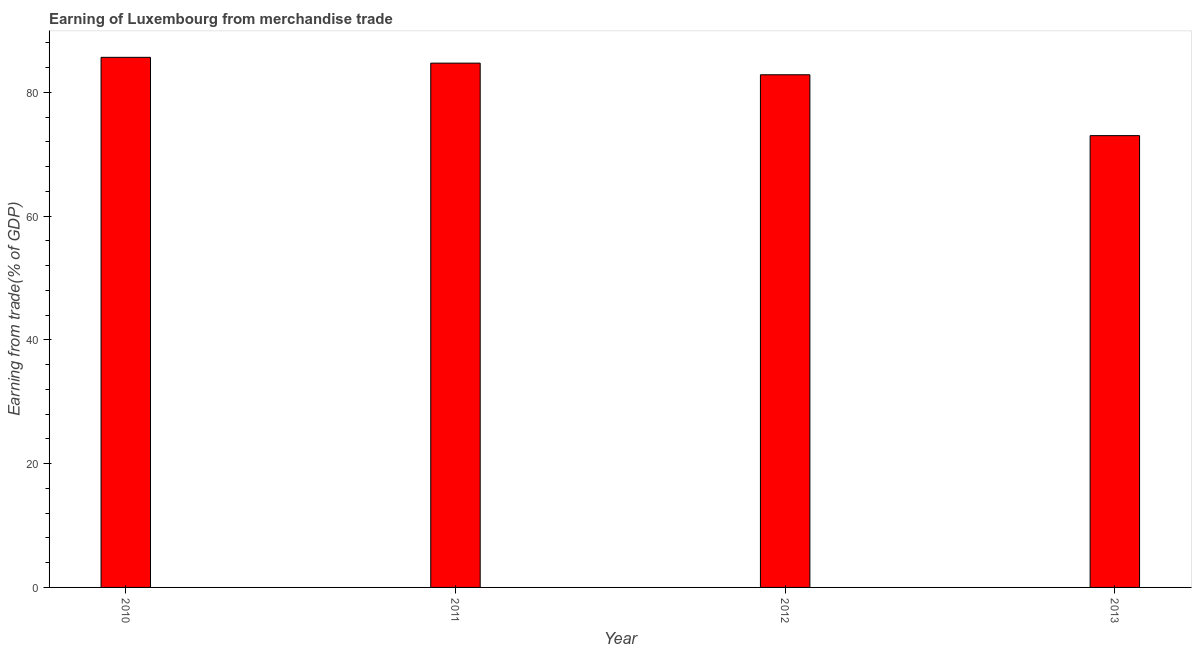
| Year | Merchandise trade |
 | --- | --- |
 | 2010 | 85.7 |
 | 2011 | 84.7 |
 | 2012 | 82.8 |
 | 2013 | 73 |